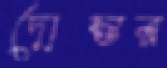
দোস্তর